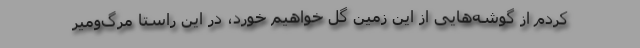
کردم از گوشه‌هایی از این زمین گل خواهیم خورد، در این راستا مرگ‌ومیر